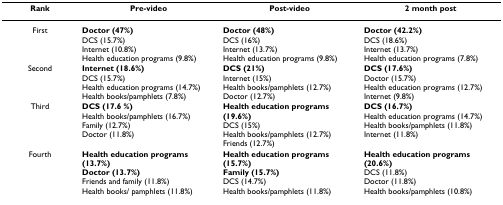
<table><thead><tr><td><b>Rank</b></td><td><b>Pre-video</b></td><td><b>Post-video</b></td><td><b>2 month post</b></td></tr></thead><tbody><tr><td>First</td><td><b>Doctor (47%)</b>DCS (15.7%)Internet (10.8%)Health education programs (9.8%)</td><td><b>Doctor (48%)</b>DCS (16%)Internet (13.7%)Health education programs (9.8%)</td><td><b>Doctor (42.2%)</b>DCS (18.6%)Internet (13.7%)Health education programs (7.8%)</td></tr><tr><td>Second</td><td><b>Internet (18.6%)</b>DCS (15.7%)Health education programs (14.7%)Health books/pamphlets (7.8%)</td><td><b>DCS (21%)</b>Internet (15%)Health books/pamphlets (12.7%)Doctor (12.7%)</td><td><b>DCS (17.6%)</b>Doctor (15.7%)Health education programs (12.7%)Internet (9.8%)</td></tr><tr><td>Third</td><td><b>DCS (17.6 %)</b>Health books/pamphlets (16.7%)Family (12.7%)Doctor (11.8%)</td><td><b>Health education programs (19.6%)</b>DCS (15%)Health books/pamphlets (12.7%)Friends (12.7%)</td><td><b>DCS (16.7%)</b>Health education programs (14.7%)Health books/pamphlets (11.8%)Internet (11.8%)</td></tr><tr><td>Fourth</td><td><b>Health education programs (13.7%)</b><b>Doctor (13.7%)</b>Friends and family (11.8%)Health books/ pamphlets (11.8%)</td><td><b>Health education programs (15.7%)</b><b>Family (15.7%)</b>DCS (14.7%)Health books/pamphlets (11.8%)</td><td><b>Health education programs (20.6%)</b>DCS (11.8%)Doctor (11.8%)Health books/pamphlets (10.8%)</td></tr></tbody></table>